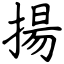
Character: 揚